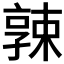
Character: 𡦚